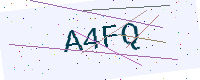
Text: A4FQ